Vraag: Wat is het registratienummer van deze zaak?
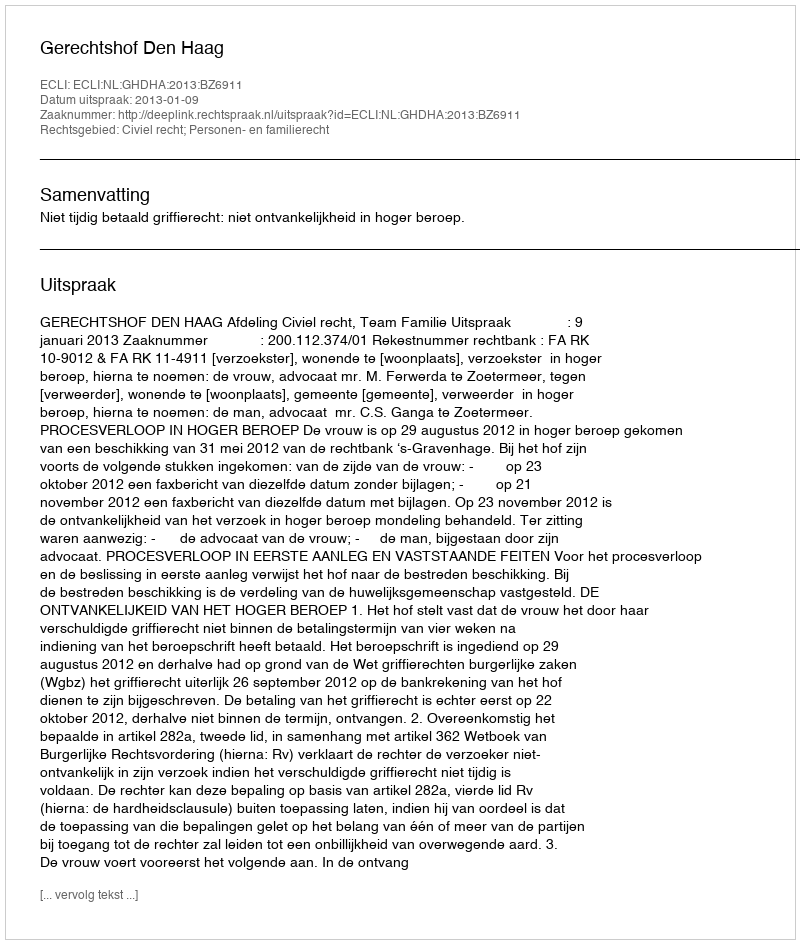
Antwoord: http://deeplink.rechtspraak.nl/uitspraak?id=ECLI:NL:GHDHA:2013:BZ6911